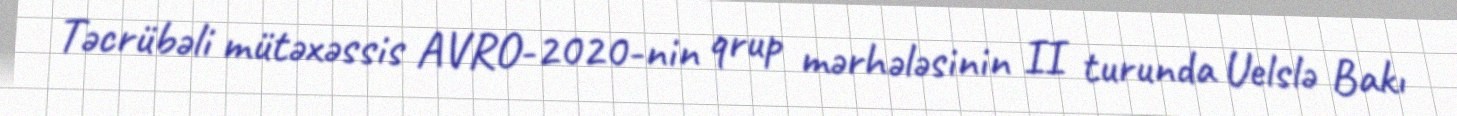
Təcrübəli mütəxəssis AVRO-2020-nin qrup mərhələsinin II turunda Uelslə Bakı